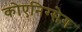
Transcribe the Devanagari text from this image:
कोएनिग्सेग